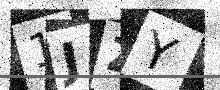
Text: 1JZY